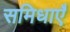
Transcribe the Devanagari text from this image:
समिधाएँ